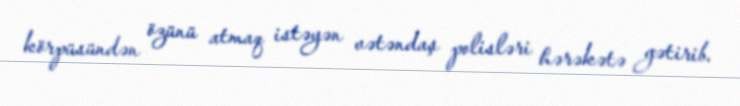
körpüsündən özünü atmaq istəyən vətəndaş polisləri hərəkətə gətirib.